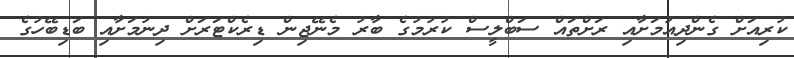
ކުރިއަށް ގެންދިއުމަށާއި ރަށްތައް ސަބްލީސް ކުރުމުގެ ބާރު މެނޭޖިން ޑިރެކްޓަރަށް ދިނުމަށާއި ބަޑިބޭހުގެ